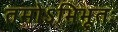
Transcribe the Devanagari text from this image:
तमोऽभिभूतः